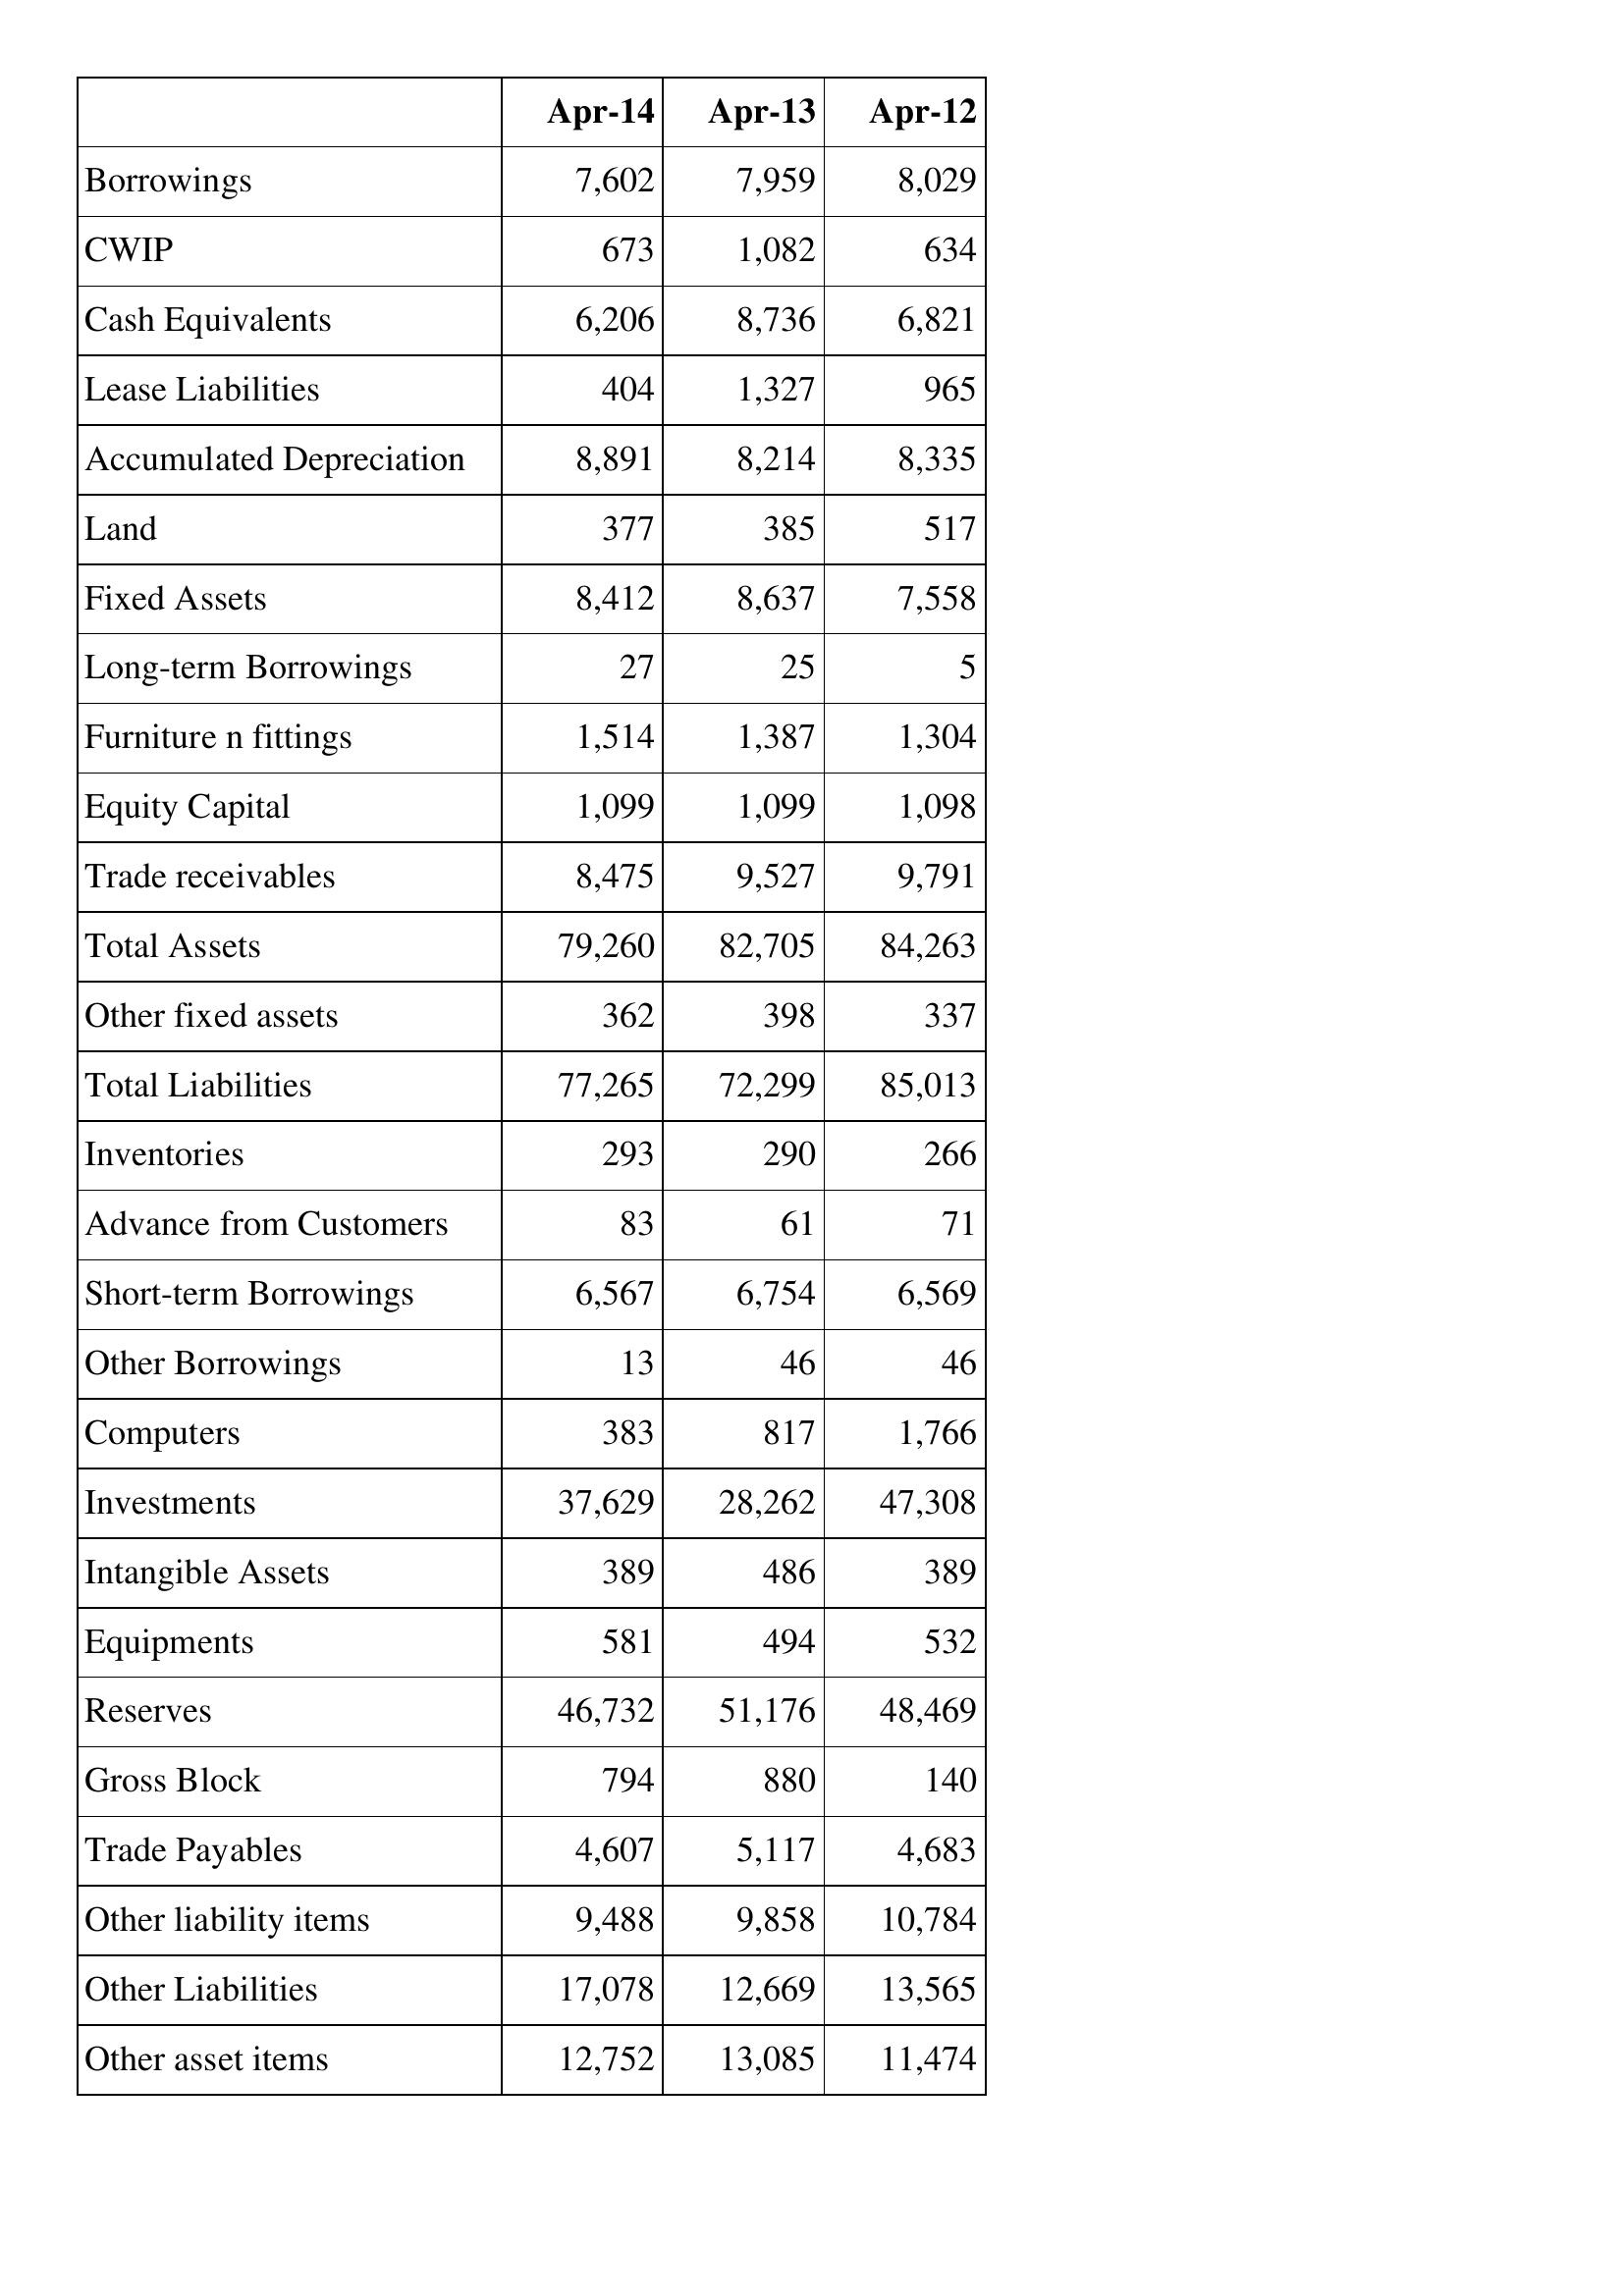
Apr-14: Balance Sheet: Borrowings: 7,602
CWIP: 673
Cash Equivalents: 6,206
Lease Liabilities: 404
Accumulated Depreciation: 8,891
Land: 377
Fixed Assets: 8,412
Long-term Borrowings: 27
Furniture n fittings: 1,514
Equity Capital: 1,099
Trade receivables: 8,475
Total Assets: 79,260
Other fixed assets: 362
Total Liabilities: 77,265
Inventories: 293
Advance from Customers: 83
Short-term Borrowings: 6,567
Other Borrowings: 13
Computers: 383
Investments: 37,629
Intangible Assets: 389
Equipments: 581
Reserves: 46,732
Gross Block: 794
Trade Payables: 4,607
Other liability items: 9,488
Other Liabilities: 17,078
Other asset items: 12,752
Apr-13: Balance Sheet: Borrowings: 7,959
CWIP: 1,082
Cash Equivalents: 8,736
Lease Liabilities: 1,327
Accumulated Depreciation: 8,214
Land: 385
Fixed Assets: 8,637
Long-term Borrowings: 25
Furniture n fittings: 1,387
Equity Capital: 1,099
Trade receivables: 9,527
Total Assets: 82,705
Other fixed assets: 398
Total Liabilities: 72,299
Inventories: 290
Advance from Customers: 61
Short-term Borrowings: 6,754
Other Borrowings: 46
Computers: 817
Investments: 28,262
Intangible Assets: 486
Equipments: 494
Reserves: 51,176
Gross Block: 880
Trade Payables: 5,117
Other liability items: 9,858
Other Liabilities: 12,669
Other asset items: 13,085
Apr-12: Balance Sheet: Borrowings: 8,029
CWIP: 634
Cash Equivalents: 6,821
Lease Liabilities: 965
Accumulated Depreciation: 8,335
Land: 517
Fixed Assets: 7,558
Long-term Borrowings: 5
Furniture n fittings: 1,304
Equity Capital: 1,098
Trade receivables: 9,791
Total Assets: 84,263
Other fixed assets: 337
Total Liabilities: 85,013
Inventories: 266
Advance from Customers: 71
Short-term Borrowings: 6,569
Other Borrowings: 46
Computers: 1,766
Investments: 47,308
Intangible Assets: 389
Equipments: 532
Reserves: 48,469
Gross Block: 140
Trade Payables: 4,683
Other liability items: 10,784
Other Liabilities: 13,565
Other asset items: 11,474